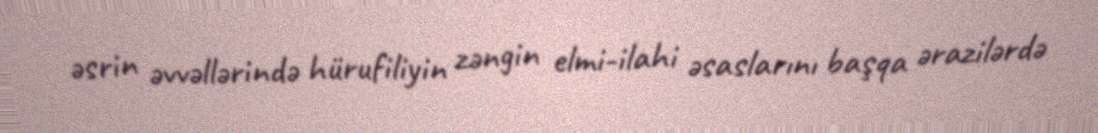
əsrin əvvəllərində hürufiliyin zəngin elmi-ilahi əsaslarını başqa ərazilərdə